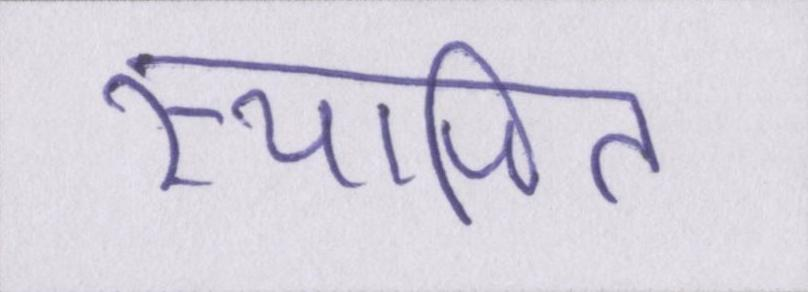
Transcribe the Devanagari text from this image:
स्थापित